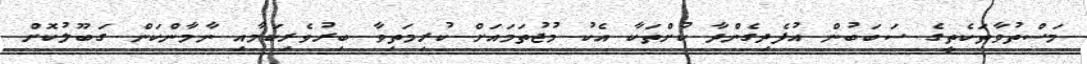
މަސްތުވާތަކެތީގެ ސަބަބުން އުފެދިގެންދާ ކުށްތަކާ އެކު މުޖުތަމައަށް ކުރިމަތިވާ ބިރުވެރިކަމާއި ނާމާންކަން ގަބޫލުކޮށް